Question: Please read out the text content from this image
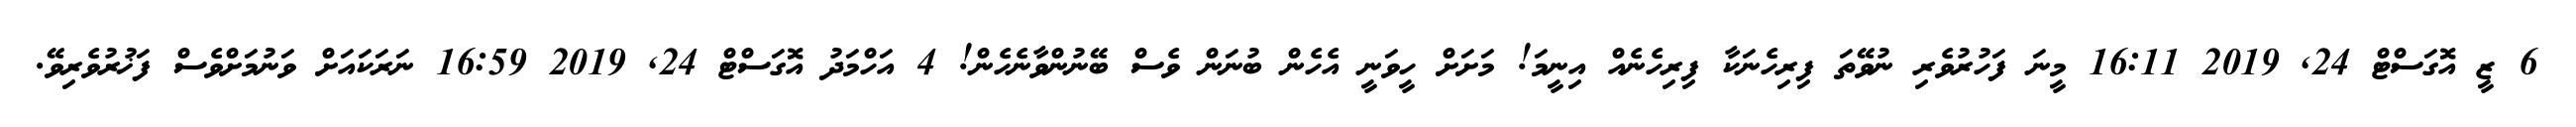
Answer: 6 ޒީ އޮގަސްޓް 24, 2019 16:11 މީނަ ފަހުރުވެރި ނުވޭތަ ފިރިހެނަކާ ފިރިހެނެއް އިނީމަ! މަށަށް ހީވަނީ އެހެން ބުނަން ވެސް ބޭނުންވާނެހެން! 4 އަހްމަދު އޮގަސްޓް 24, 2019 16:59 ނަރަކައަށް ވަނުމަށްވެސް ފަޚުރުވެރިވޭ.